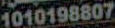
1010198807